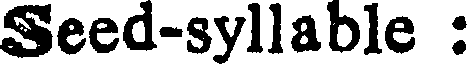
Seed-syllable :